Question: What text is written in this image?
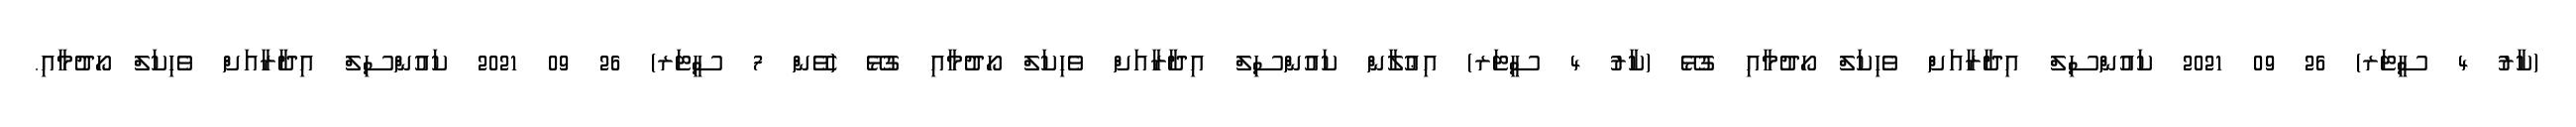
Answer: (ކާރު 4 ސީޓަރ) 26 09 2021 ކައުންސިލް އިދާރާއަށް ވެހިކަލް ހޯދުމާއި ގުޅޭ (ކާރު 4 ސީޓަރ) އިޢުލާން ކައުންސިލް އިދާރާއަށް ވެހިކަލް ހޯދުމާއި ގުޅޭ (ވޭން 7 ސީޓަރ) 26 09 2021 ކައުންސިލް އިދާރާއަށް ވެހިކަލް ހޯދުމާއި.